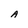
Character: A